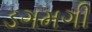
ડગમગી